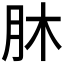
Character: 𦙣